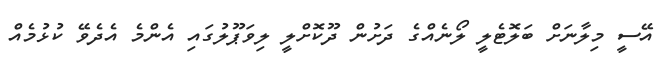
އޭސީ މިލާނަށް ބަލޮޓެލީ ލޯނެއްގެ ދަށުން ދޫކޮށްލީ ލިވަޕޫލުގައި އެންމެ އެދެވޭ ކުޅުމެއް